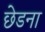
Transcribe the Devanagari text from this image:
छेडना